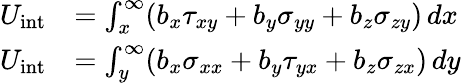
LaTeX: {\begin{array}{rl}{U_{\mathrm{{int}}}}&{=\int_{x}^{\infty}(b_{x}\tau_{xy}+b_{y}\sigma_{yy}+b_{z}\sigma_{zy})\, dx}\\ {U_{\mathrm{{int}}}}&{=\int_{y}^{\infty}(b_{x}\sigma_{xx}+b_{y}\tau_{yx}+b_{z}\sigma_{zx})\, dy}\end{array}}